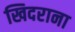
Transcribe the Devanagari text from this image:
खिदराना